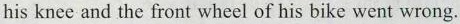
his knee and the front wheel of his bike went wrong.